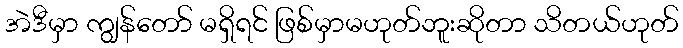
အဲဒီမှာ ကျွန်တော် မရှိရင် ဖြစ်မှာမဟုတ်ဘူးဆိုတာ သိတယ်ဟုတ်